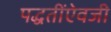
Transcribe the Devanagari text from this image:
पद्धतींऐवजी